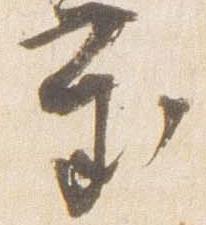
慶